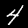
Digit: 4